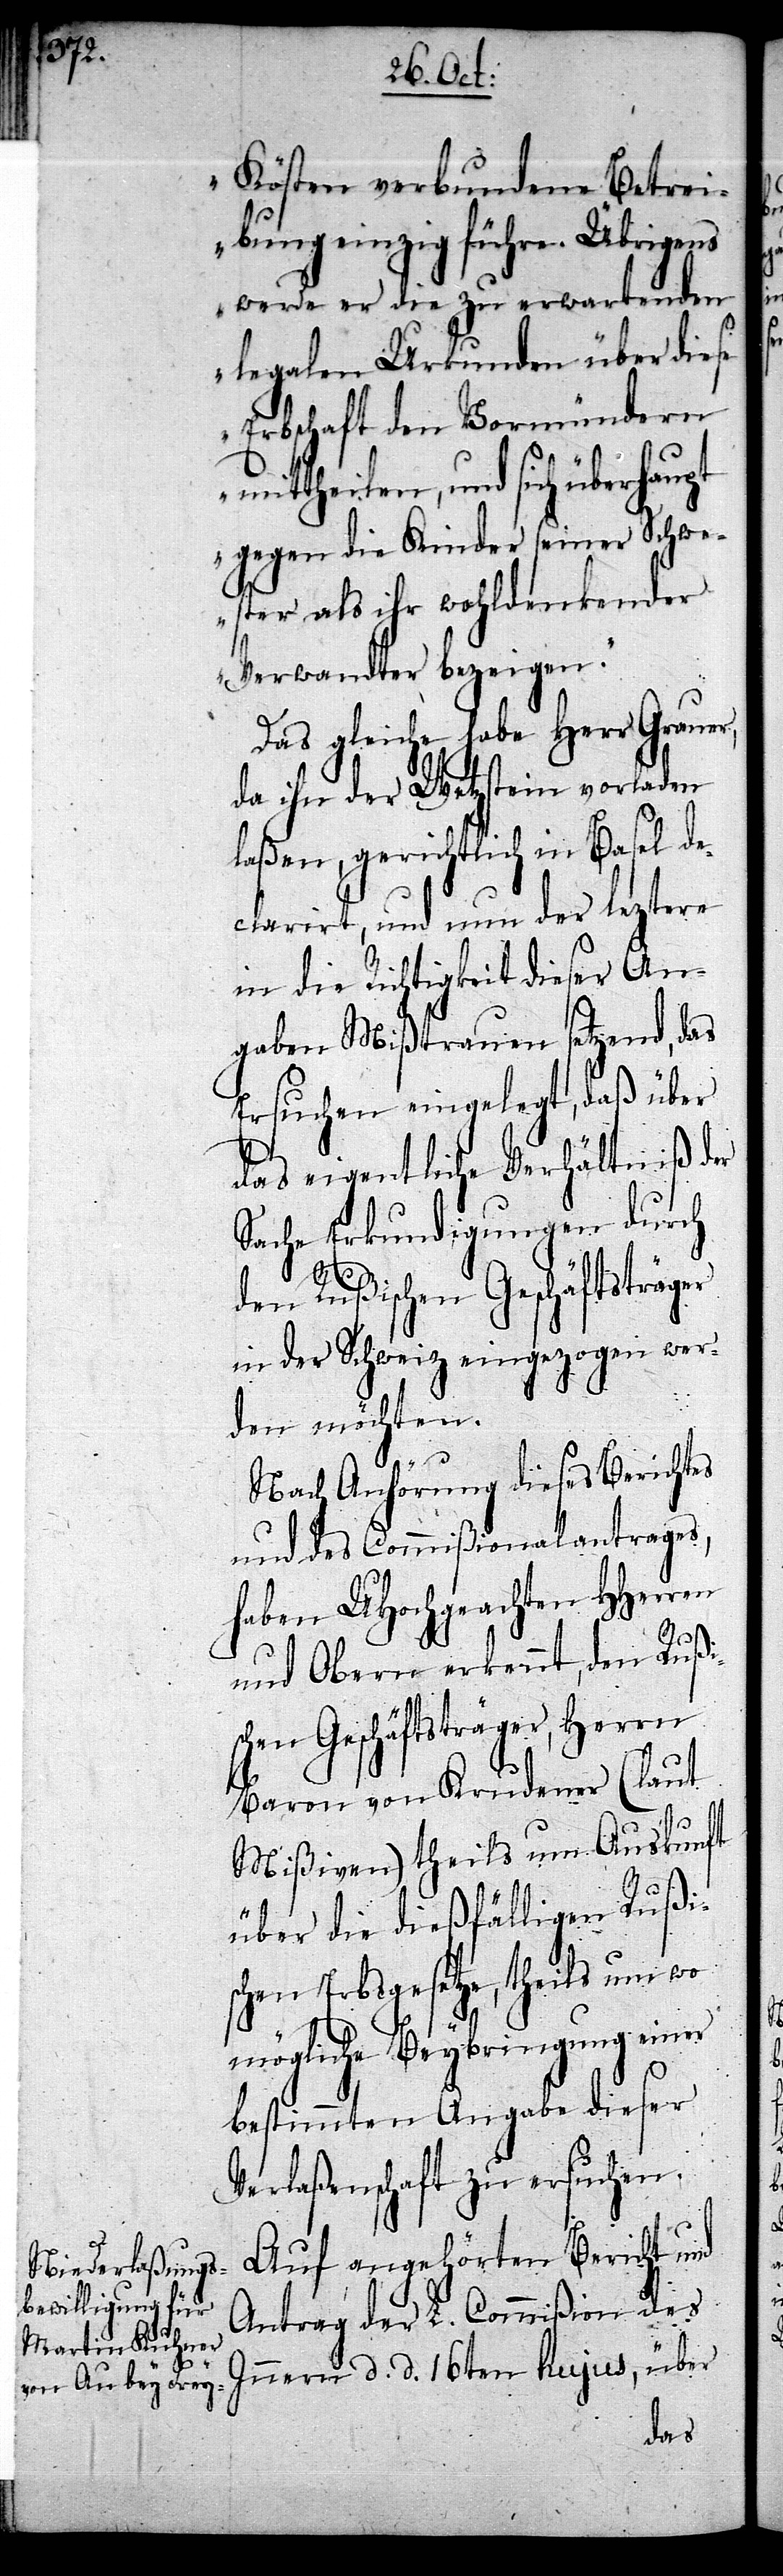
Kösten verbundene Betrei¬
bung einzig führe. Übrigens
werde er die zu erwartenden
legalen Urkunden über diese
Erbschaft den Vormündern
mittheilen, und sich überhaupt
gegen die Kinder seiner Schwe¬
ster als ihr wohldenkender
Verwandter bezeigen.“
Das gleiche habe Herr Grauer,
da ihn der Wezstein vorladen
laßen, gerichtlich in Basel de¬
clarirt, und nun der leztere
in die Richtigkeit dieser An¬
gaben Mißtrauen setzend, das
Ersuchen eingelegt, daß über
das eigentliche Verhältniß der
Sache Erkundigungen durch
den Rußischen Geschäftsträger
in der Schweiz eingezogen wer¬
den möchten.
Nach Anhörung dieses Berichtes
und des Commißionalantrages,
haben UHochgeachten HHerren
und Obern erkennt, den Rußi¬
schen Geschäftsträger, Herrn
Baron von Krudener (laut
Mißiven) theils um Auskunft
über die dießfälligen Rußi¬
schen Erbsgesetze, theils um wo
mögliche Beybringung einer
bestimmten Angabe dieser
Verlaßenschaft zu ersuchen.
Auf angehörten Bericht und
Antrag der L. Commißion des
Innern d. d. 16ten hujus, über